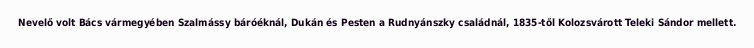
Nevelő volt Bács vármegyében Szalmássy báróéknál, Dukán és Pesten a Rudnyánszky családnál, 1835-től Kolozsvárott Teleki Sándor mellett.